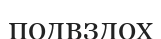
подвздох